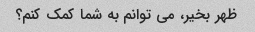
ظهر بخیر، می توانم به شما کمک کنم؟